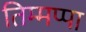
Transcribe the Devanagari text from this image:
तिम्मप्पा